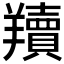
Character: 𦏢